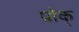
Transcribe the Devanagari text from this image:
प्रोक्